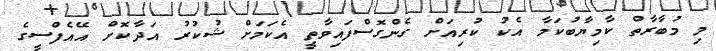
މި މުބާރާތް ކާމިޔާބުކަމާ އެކު ކުރިއަށް ގެންގޮސްފައިވާތީ އެކަމަށް ޝުކުރު އަދާކޮށް އޭއެފްސީގެ